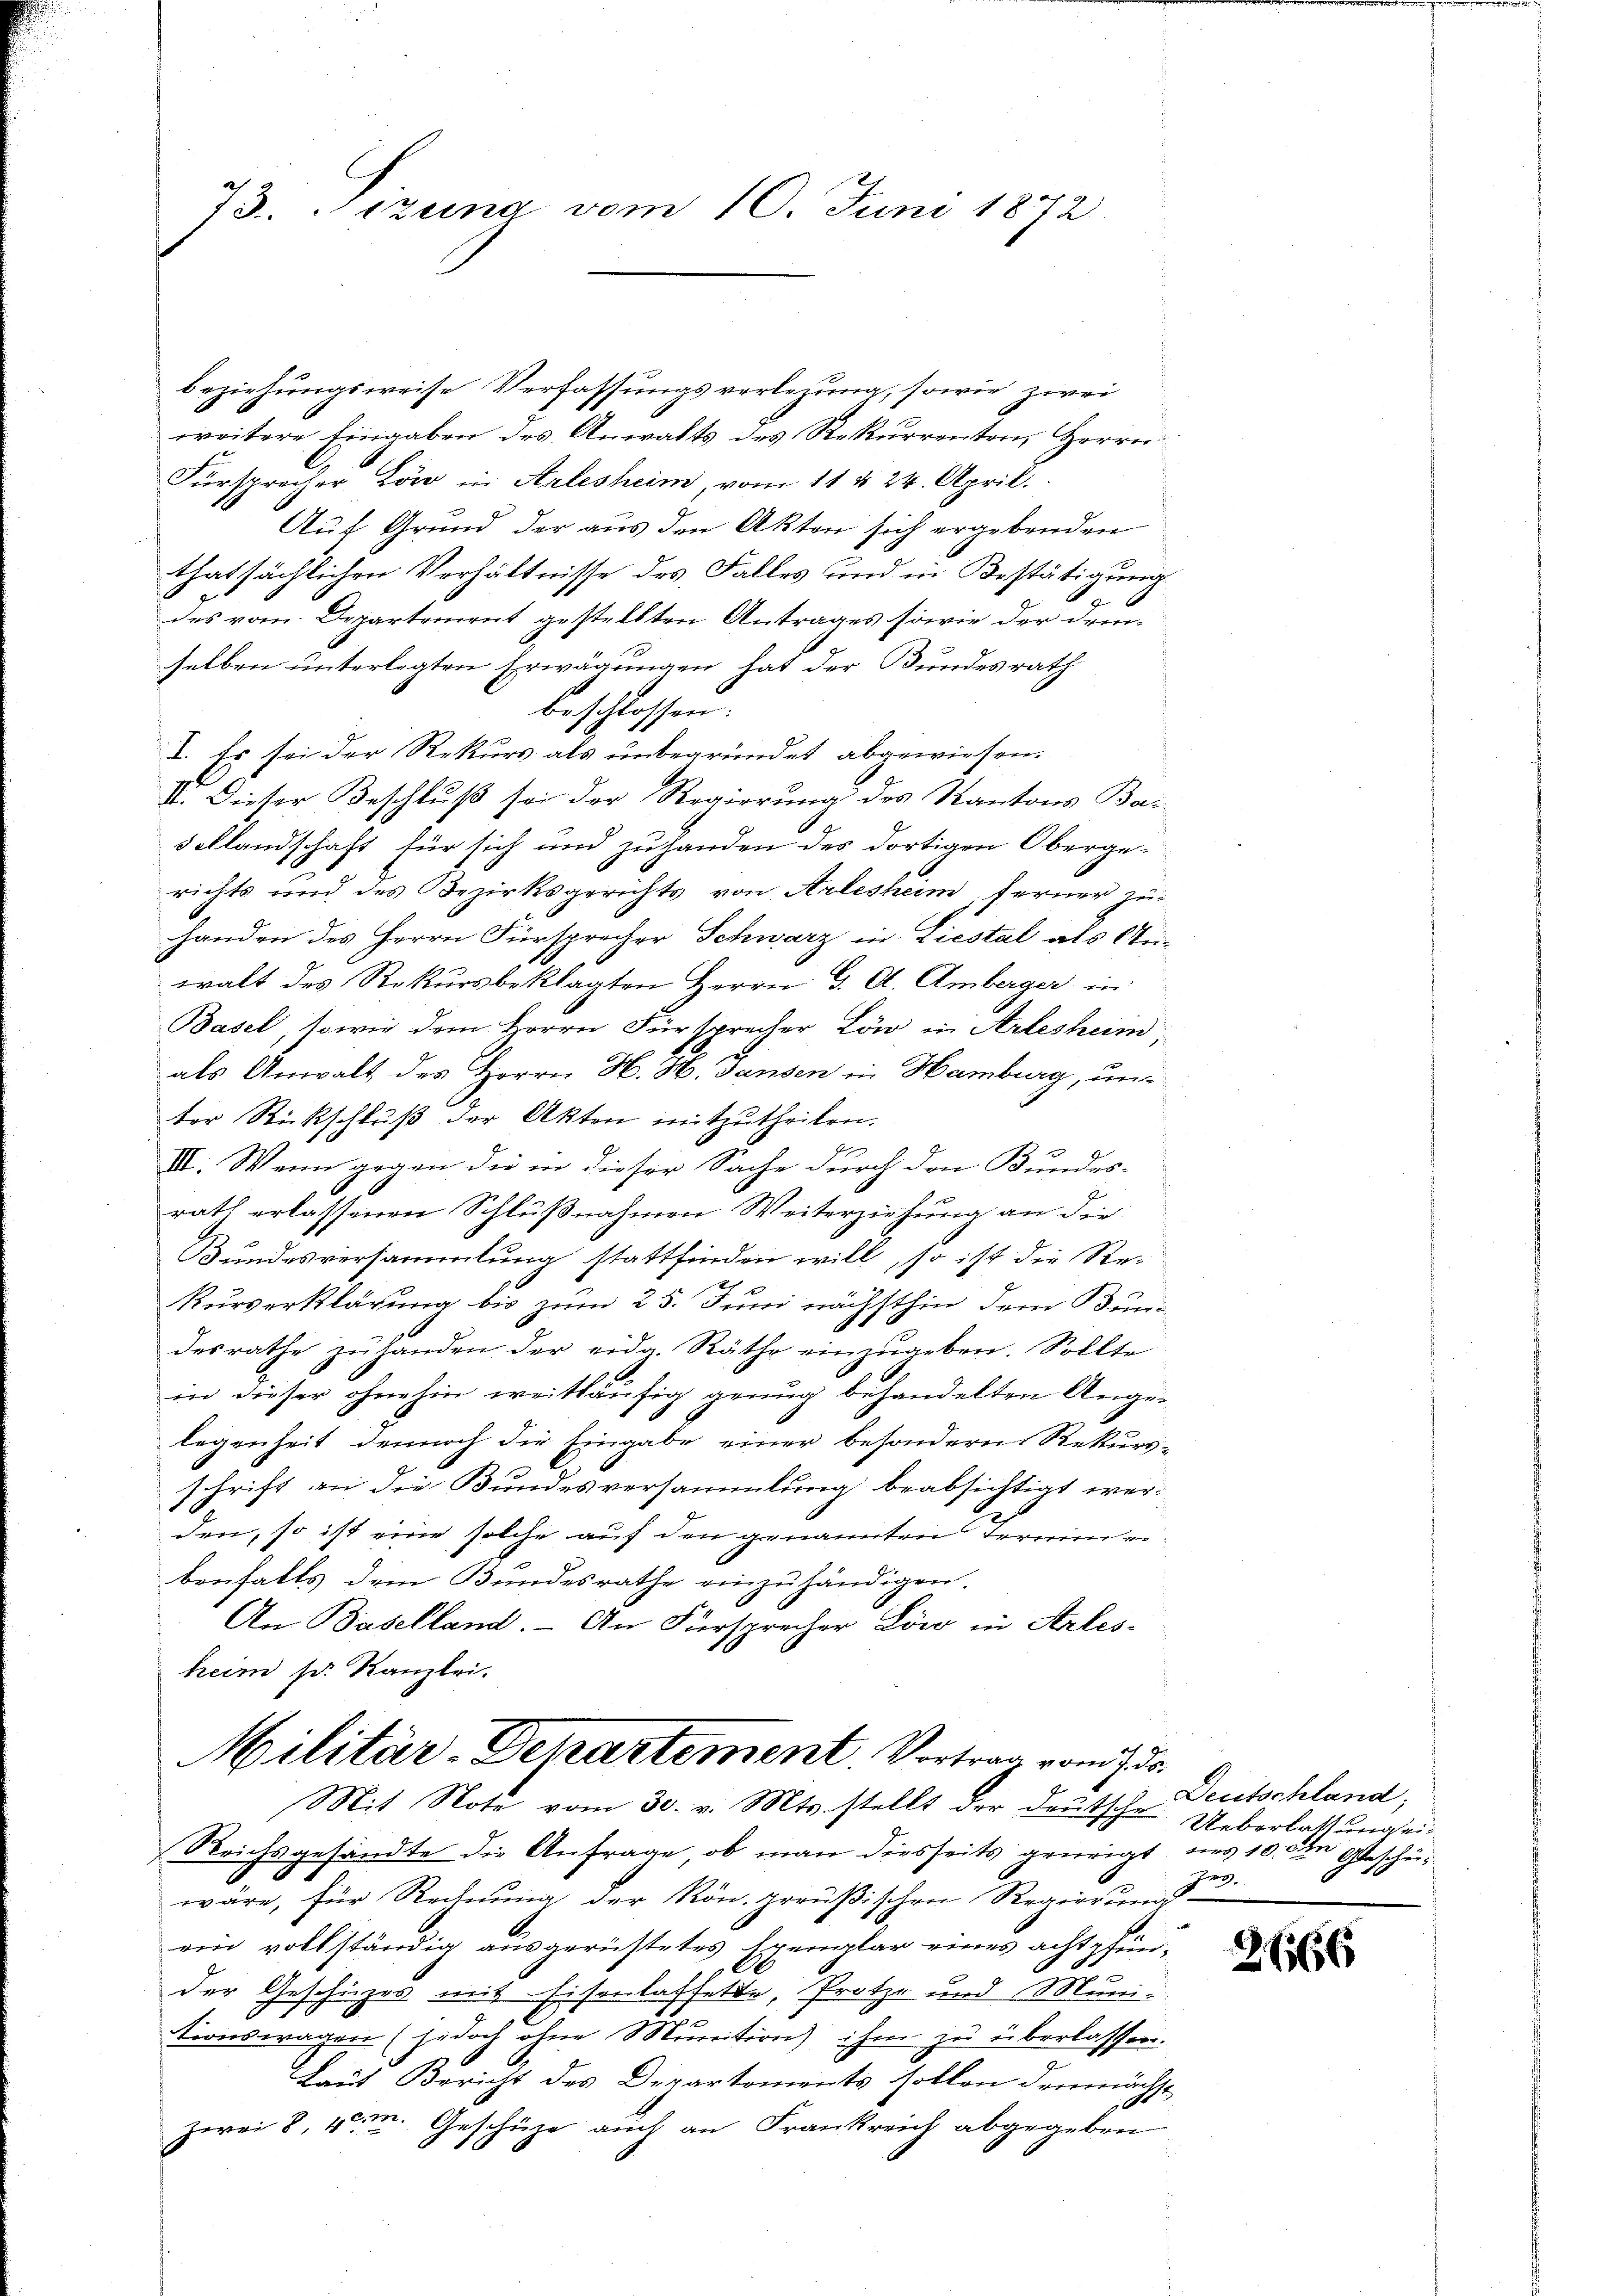
73. Sizung vom 10. Juni 1872

beziehungsweise Verfassungsverlegung, sowie zwei
weitere Eingaben des Anwalts des Rekurrenten, Herrn
Fürsprecher Löw in Arlesheim, vom 11 & 24. April.
Auf Grund der aus den Akten sich ergebenden
thatsächlichen Verhältnisse des Falles und in Bestätigung
des vom Departement gestellten Antrages sowie der drinselben unterlegten Erwägungen hat der Bundesrath
beschlossen:
I. Es sei der Rekurs als unbegründet abgewiesen.
II. Dieser Beschluß sei der Regierung des Kantons Ba¬
Sellandschaft für sich und zuhanden des dortigen Obergerichts und des Bezirksgerichts von Arlesheim, ferner zu-
handen des Herrn Fürsprecher Schwarz in Liestal als Anwalt des Rekursbeklagten Herrn G. A. Amberger in
Basel, sowie dem Herrn Fürsprecher Löw in Arleshum
als Anwalt des Herrn H. H. Gansen in Hamburg, unter Rückschluß der Akten mitzutheilen.
III. Wenn gegen die in dieser Sache durch den Bundes-
rath erlassenen Schlußnahmen Weiterziehung an die
Bundesversammlung stattfinden will, so ist die Re-
Kurverklärung bis zum 25. Juni nächsthin dem Bun-
.
desrathe zŭ handen der eidg. Räthe einzŭgeben. Sollte
in dieser ohnehin weitläufig genug behandelten Angelegenheit dennoch die Eingabe einer besondern Rekurs-
schrift an die Bundesversammlung beabsichtigt wer-
den, so ist eine solche auf den genannten Termin ei
benfalls dem Bundesrathe einzuhändigen.
An Baselland. - An Fürsprecher Löw in Arles-
heim sr. Kanzlei.

Reichsgesandte die Anfrage, ob man diesseits geürigt uns 10. Ein Gescheiwäre, für Rechnung der Rön. preußischen Regierung
ein vollständig ausgerüstetes Exemplar eines achtpfender Geschüzes mit Eisenlaffette, Protze und Muni-
tionswagen (jedoch ohne Munition ihrer zu überlassen.
Laut Bericht des Departements sollen demnächst
zwei 8, 4. M. Geschüze auch an Frankreich abgegeben

Militär-Departement. Vortrag vom 7 de
Mit Note vom 30. v. Mts. stellt der Deutsche Ueberlathung ei¬

Deutschland;
Fr.

2166